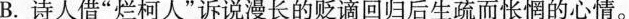
B.诗人借”烂柯人”诉说漫长的贬谪回归后生疏而怅惘的心情。